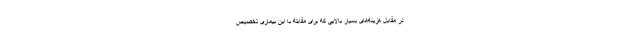
در مقابل هزینه‌های بسیار بالایی که برای مقابله با این بیماری تخصیص